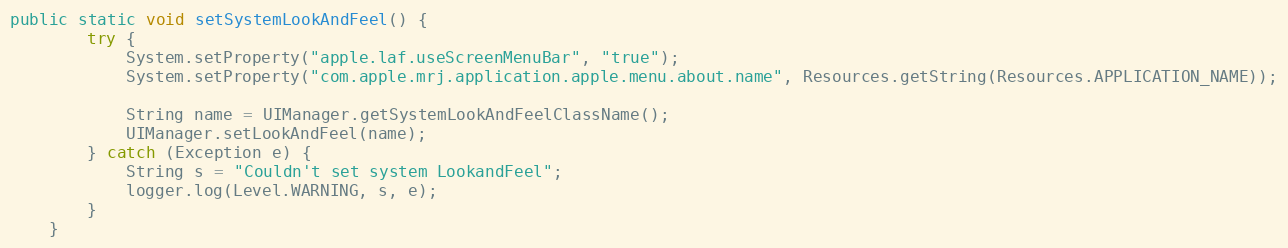
Language: Java
public static void setSystemLookAndFeel() {
		try {
			System.setProperty("apple.laf.useScreenMenuBar", "true");
			System.setProperty("com.apple.mrj.application.apple.menu.about.name", Resources.getString(Resources.APPLICATION_NAME));

			String name = UIManager.getSystemLookAndFeelClassName();
			UIManager.setLookAndFeel(name);
		} catch (Exception e) {
			String s = "Couldn't set system LookandFeel";
			logger.log(Level.WARNING, s, e);
		}
	}